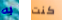
به كنت